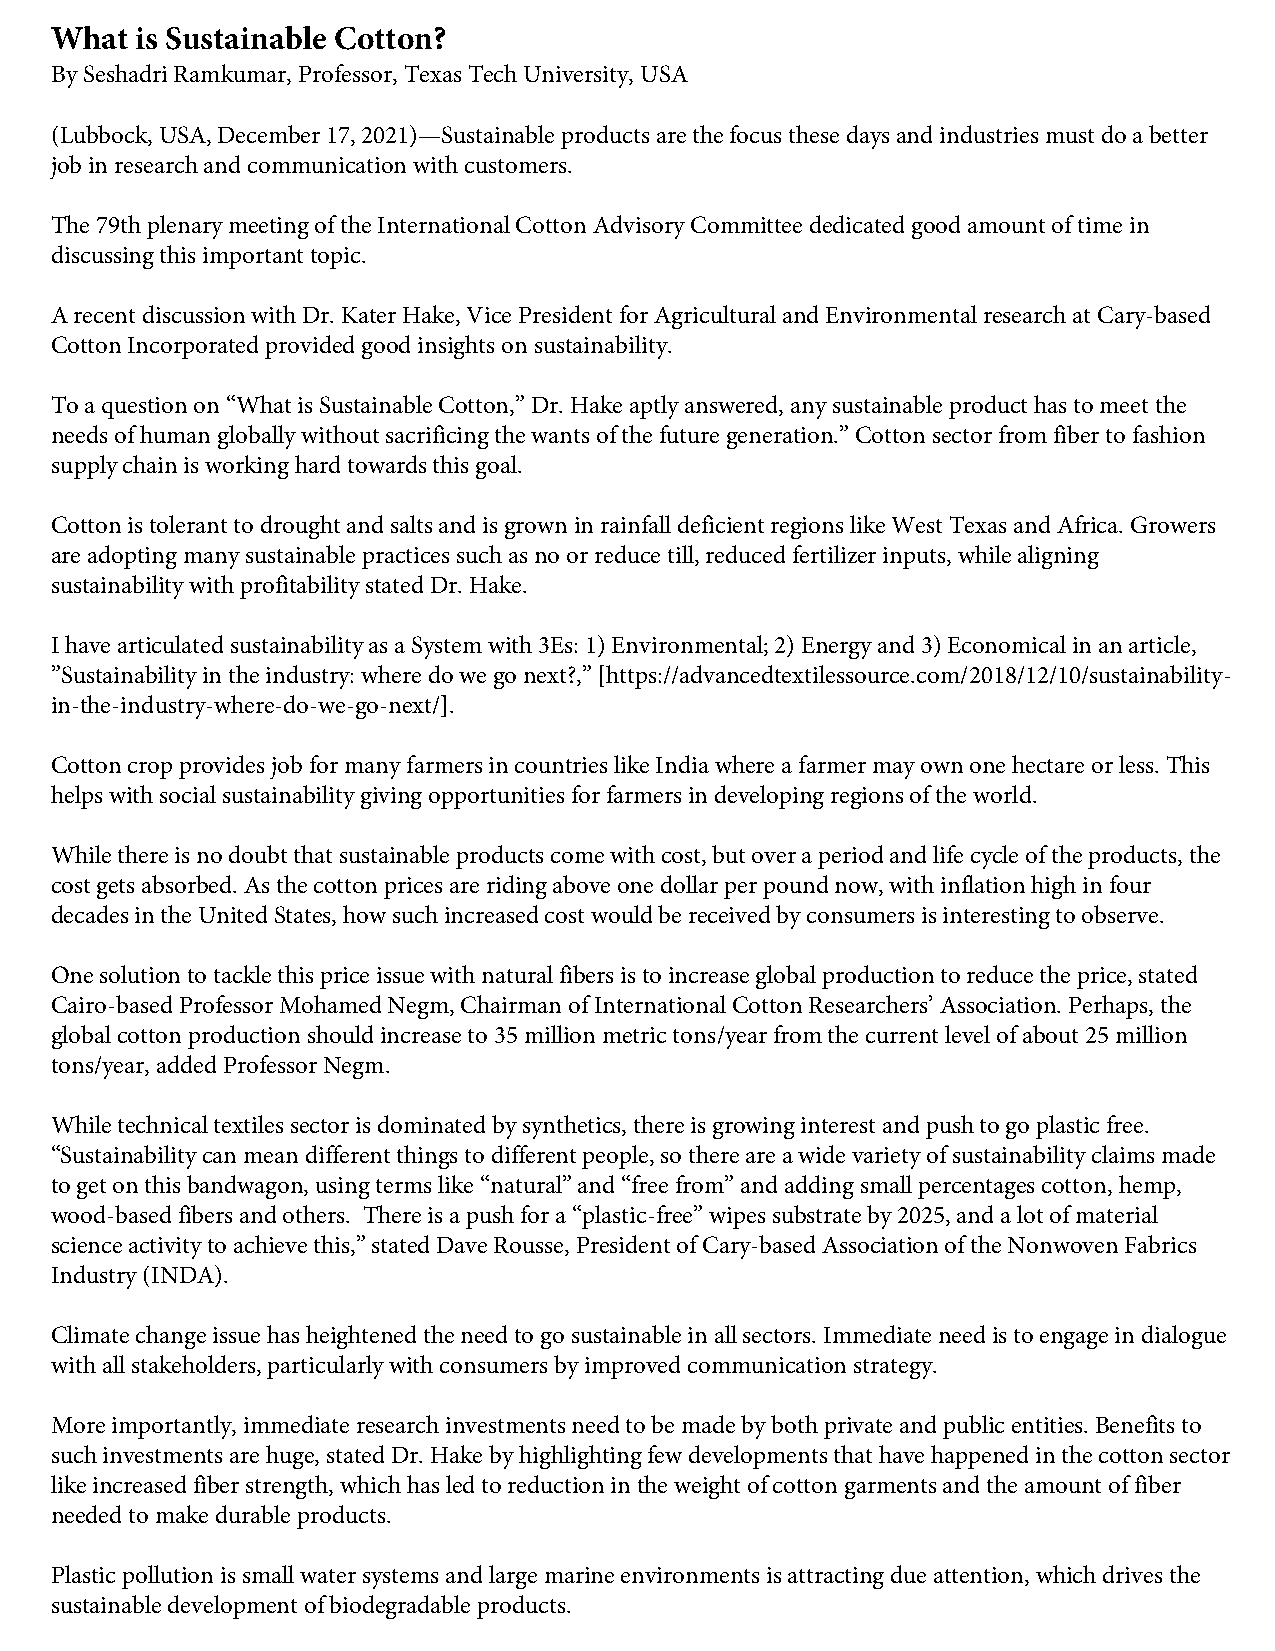
What  is Sustainable Cotton?
 By Seshadri Ramkumar, Professor, Texas Tech University, USA
 (Lubbock, USA, December 17, 2021)—Sustainable products are the focus these days and industries must do a better
 job in research and communication with customers.
 The 79th plenary meeting of the International Cotton Advisory Committee dedicated good amount of time in
 discussing this important topic.
 A recent discussion with Dr. Kater Hake, Vice President for Agricultural and Environmental research at Cary-based
 Cotton Incorporated provided good insights on sustainability.
 To a question on “What is Sustainable Cotton,” Dr. Hake aptly answered, any sustainable product has to meet the
 needs of human globally without sacrificing the wants of the future generation.” Cotton sector from fiber to fashion
 supply chain is working hard towards this goal.
 Cotton is tolerant to drought and salts and is grown in rainfall deficient regions like West Texas and Africa. Growers
 are adopting many sustainable practices such as no or reduce till, reduced fertilizer inputs, while aligning
 sustainability with profitability stated Dr. Hake.
 I have articulated sustainability as a System with 3Es: 1) Environmental; 2) Energy and 3) Economical in an article,
 ”Sustainability in the industry: where do we go next?,” [https://advancedtextilessource.com/2018/12/10/sustainability-
 in-the-industry-where-do-we-go-next/].
 Cotton crop provides job for many farmers in countries like India where a farmer may own one hectare or less. This
 helps with social sustainability giving opportunities for farmers in developing regions of the world.
 While there is no doubt that sustainable products come with cost, but over a period and life cycle of the products, the
 cost gets absorbed. As the cotton prices are riding above one dollar per pound now, with inflation high in four
 decades in the United States, how such increased cost would be received by consumers is interesting to observe.
 One solution to tackle this price issue with natural fibers is to increase global production to reduce the price, stated
 Cairo-based Professor Mohamed Negm, Chairman of International Cotton Researchers’ Association. Perhaps, the
 global cotton production should increase to 35 million metric tons/year from the current level of about 25 million
 tons/year, added Professor Negm.
 While technical textiles sector is dominated by synthetics, there is growing interest and push to go plastic free.
 “Sustainability can mean different things to different people, so there are a wide variety of sustainability claims made
 to get on this bandwagon, using terms like “natural” and “free from” and adding small percentages cotton, hemp,
 wood-based fibers and others. There is a push for a “plastic-free” wipes substrate by 2025, and a lot of material
 science activity to achieve this,” stated Dave Rousse, President of Cary-based Association of the Nonwoven Fabrics
 Industry (INDA).
 Climate change issue has heightened the need to go sustainable in all sectors. Immediate need is to engage in dialogue
 with all stakeholders, particularly with consumers by improved communication strategy.
 More importantly, immediate research investments need to be made by both private and public entities. Benefits to
 such investments are huge, stated Dr. Hake by highlighting few developments that have happened in the cotton sector
 like increased fiber strength, which has led to reduction in the weight of cotton garments and the amount of fiber
 needed to make durable products.
 Plastic pollution is small water systems and large marine environments is attracting due attention, which drives the
 sustainable development of biodegradable products.